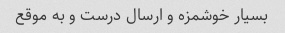
بسیار خوشمزه و ارسال درست و به موقع